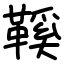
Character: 鞵